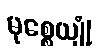
မုစ္စေယျုံ